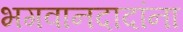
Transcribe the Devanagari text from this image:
भगवानदादांना